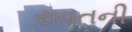
રાવતની